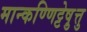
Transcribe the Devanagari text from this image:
मान्कण्णिट्टेषु़त्तु